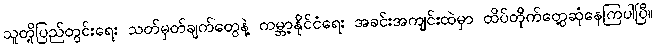
သူတို့ပြည်တွင်းရေး သတ်မှတ်ချက်တွေနဲ့ ကမ္ဘာ့နိုင်ငံရေး အခင်းအကျင်းထဲမှာ ထိပ်တိုက်တွေ့ဆုံနေကြပါပြီ။